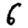
Digit: 6